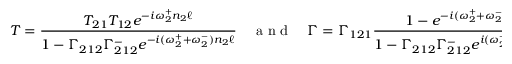
T = \frac { T _ { 2 1 } T _ { 1 2 } e ^ { - i \omega _ { 2 } ^ { + } n _ { 2 } \ell } } { 1 - \Gamma _ { 2 1 2 } \Gamma _ { 2 1 2 } ^ { - } e ^ { - i ( \omega _ { 2 } ^ { + } + \omega _ { 2 } ^ { - } ) n _ { 2 } \ell } } \quad \mathrm { ~ a ~ n ~ d ~ } \quad \Gamma = \Gamma _ { 1 2 1 } \frac { 1 - e ^ { - i ( \omega _ { 2 } ^ { + } + \omega _ { 2 } ^ { - } ) n _ { 2 } \ell } } { 1 - \Gamma _ { 2 1 2 } \Gamma _ { 2 1 2 } ^ { - } e ^ { i ( \omega _ { 2 } ^ { + } + \omega _ { 2 } ^ { - } ) n _ { 2 } \ell } } .